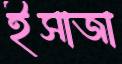
ইসাজা